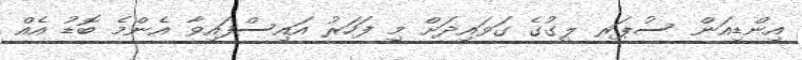
އިންޑިއަން ސުޕަރ ލީގުގެ ގަވައިދަށް މި ފަހަރު އައިސްފައިވާ އެންމެ ބޮޑު އެއް